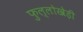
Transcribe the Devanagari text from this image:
फुल्लोखेड़ी